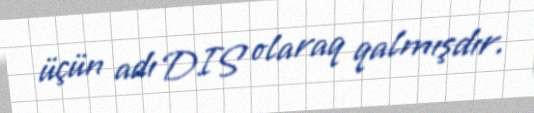
üçün adı DIS olaraq qalmışdır.